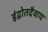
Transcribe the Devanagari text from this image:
इंद्रोतदैवाय